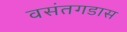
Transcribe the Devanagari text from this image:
वसंतगडास